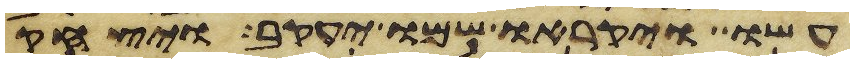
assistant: עשו ויקראו שמו יעקב ויצחק